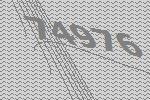
74976